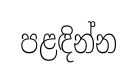
පළඳින්න